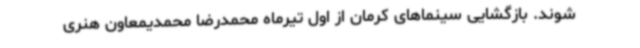
شوند. بازگشایی سینماهای کرمان از اول تیرماه محمدرضا محمدیمعاون هنری